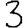
Digit: 3